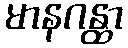
မာနဂန္ထာ